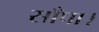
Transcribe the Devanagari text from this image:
साँपा।